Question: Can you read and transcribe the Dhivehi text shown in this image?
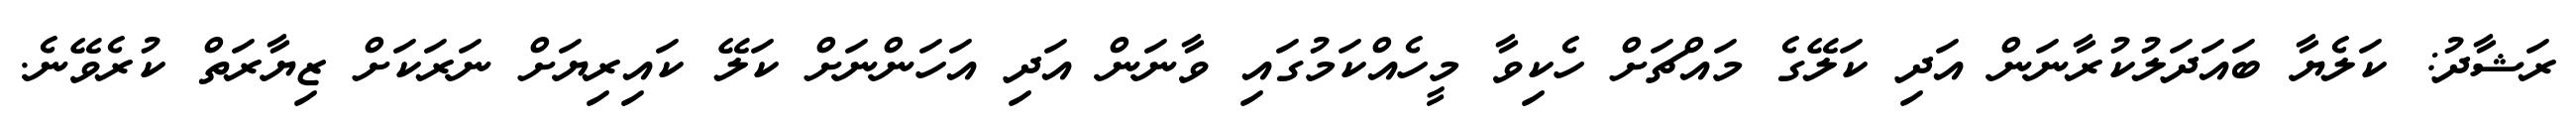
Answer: ރަޝާދު: ކަލެޔާ ބައަދަލުކުރާނަން އަދި ކަލޭގެ މައްޗަށް ހެކިވާ މީހެއްކަމުގައި ވާނަން އަދި އަހަންނަށް ކަލޭ ކައިރިޔަށް ނަރަކަށް ޒިޔާރަތް ކުރެވޭނެ.